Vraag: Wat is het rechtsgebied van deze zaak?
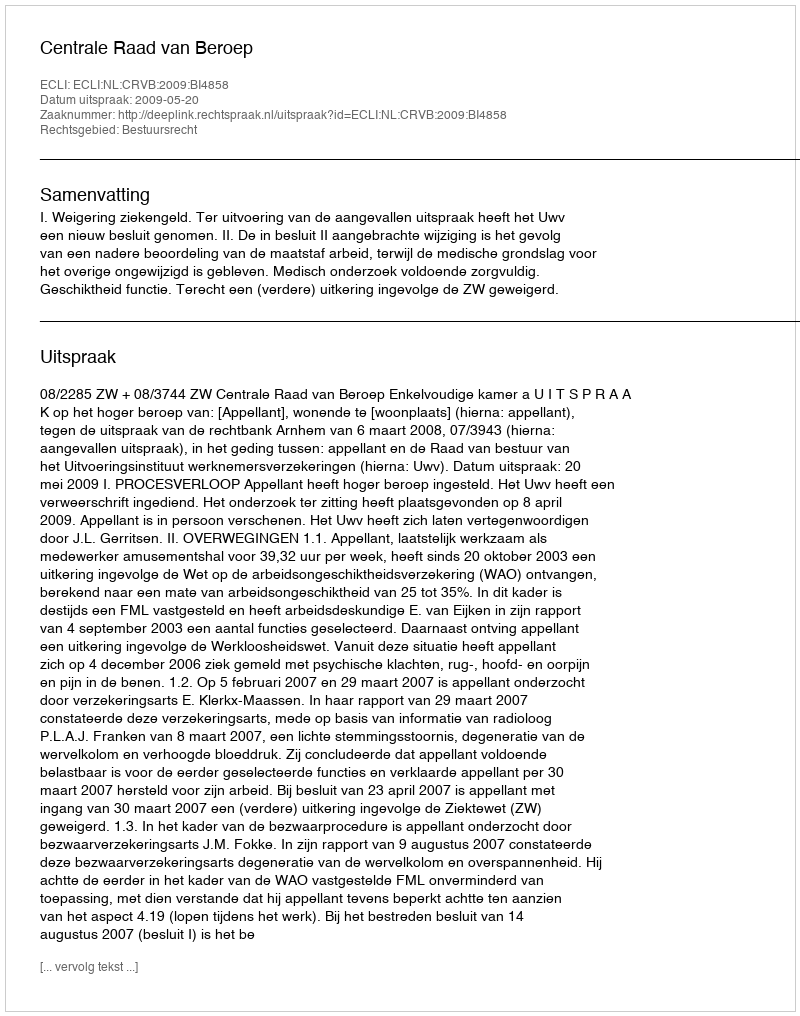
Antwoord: Bestuursrecht